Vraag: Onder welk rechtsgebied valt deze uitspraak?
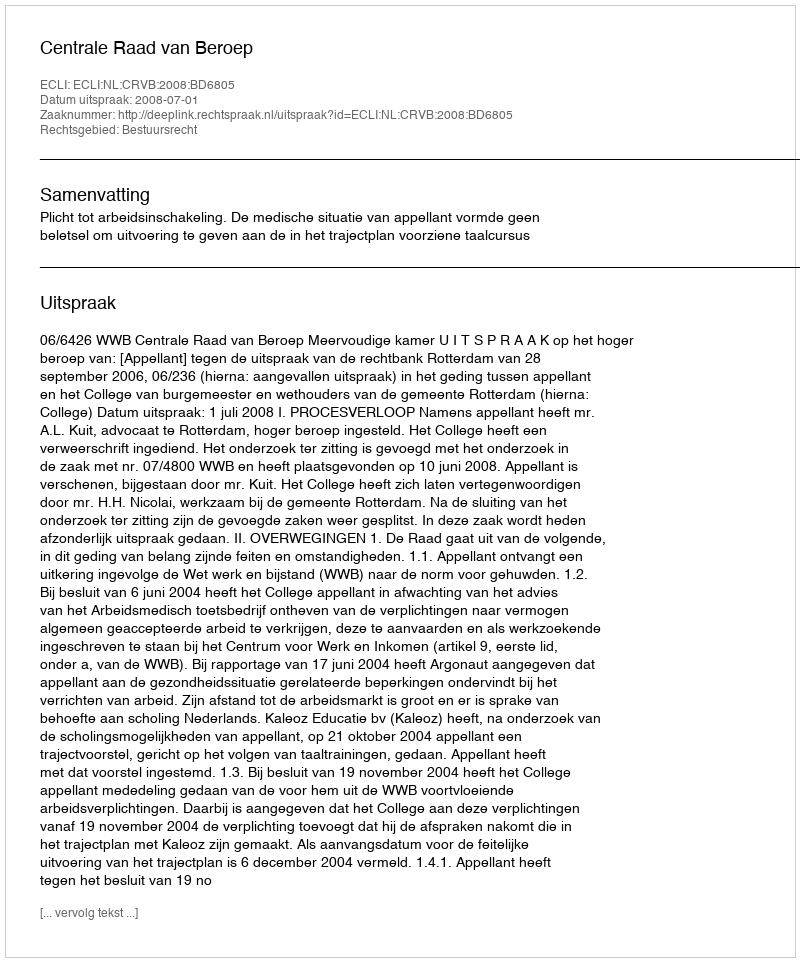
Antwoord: Bestuursrecht